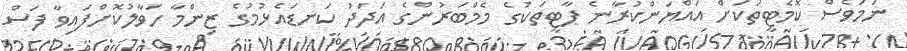
ނަމަވެސް ކޮމެޓީތަކަށް އައްޔަންކުރާނެ ޕާޓީތަކުގެ މެމްބަރުންގެ އަދަދު ކަނޑައެޅުމުގެ ޒިންމާ ހަވާލުކޮށްފައިވާ ފަސް